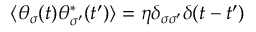
\langle \theta _ { \sigma } ( t ) \theta _ { \sigma ^ { \prime } } ^ { * } ( t ^ { \prime } ) \rangle = \eta \delta _ { \sigma \sigma ^ { \prime } } \delta ( t - t ^ { \prime } )